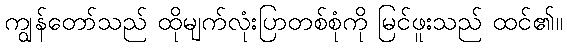
ကျွန်တော်သည် ထိုမျက်လုံးပြာတစ်စုံကို မြင်ဖူးသည် ထင်၏။